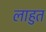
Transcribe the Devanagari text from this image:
लाहुत